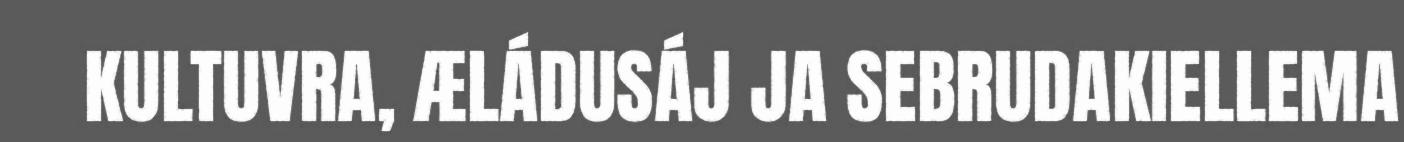
KULTUVRA, ÆLÁDUSÁJ JA SEBRUDAKIELLEMA